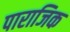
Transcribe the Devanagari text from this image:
पाराजिक